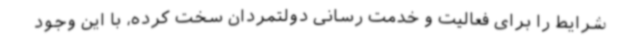
شرایط را برای فعالیت و خدمت رسانی دولتمردان سخت کرده، با این وجود